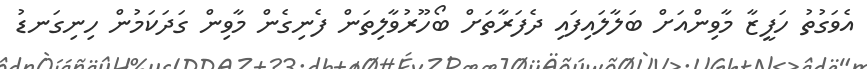
އެވަގުތު ހަފީޒާ މާވިންއަށް ބަލާލައިފައި ދެފަރާތަށް ބޯހޫރުވާލިތަން ފެނިގެން މާވިން ގަދަކަމުން ހިނިގަނޑު